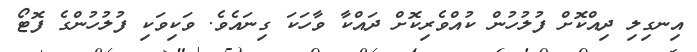
އިނގިލި ދިއްކޮށް ފުލުހުން ކުއްވެރިކޮށް ދައްކާ ވާހަކަ ގިނައެވެ. ވަކިވަކި ފުލުހުންގެ ފޮޓޯ